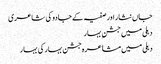
جاں نثار اور صفیہ کے جادو کی شاعری
دہلی میں جشنِ بہار
دہلی میں مشاعرہ جشن بہار کی بہار